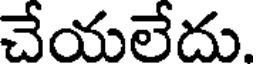
చేయలేదు.